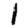
Digit: 1